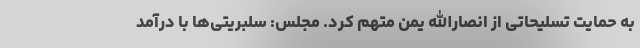
به حمایت تسلیحاتی از انصارالله یمن متهم کرد. مجلس: سلبریتی‌ها با درآمد